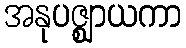
အနုပဇ္ဈာယကာ